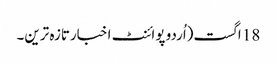
18 اگست(اُردو پوائنٹ اخبارتازہ ترین۔